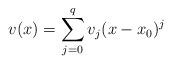
LaTeX: \begin{align*}v(x)=\sum_{j=0}^qv_j (x-x_0)^j\end{align*}